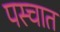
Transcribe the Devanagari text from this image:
पस्चात